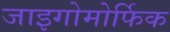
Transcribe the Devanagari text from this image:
जाइगोमोर्फिक